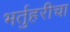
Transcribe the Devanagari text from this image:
भर्तुहरीचा